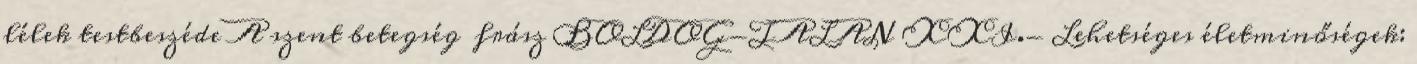
lélek testbeszéde A szent betegség frász BOLDOG-TALAN XXI.- Lehetséges életminőségek: